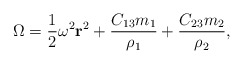
\begin{align*}\Omega = \frac{1}{2} \omega^2 {\bf r}^2 + \frac{C_{13}m_1}{\rho_1} + \frac{C_{23} m_2}{\rho_2},\end{align*}